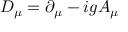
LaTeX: \ D _ { \mu } = \partial _ { \mu } - i g A _ { \mu }